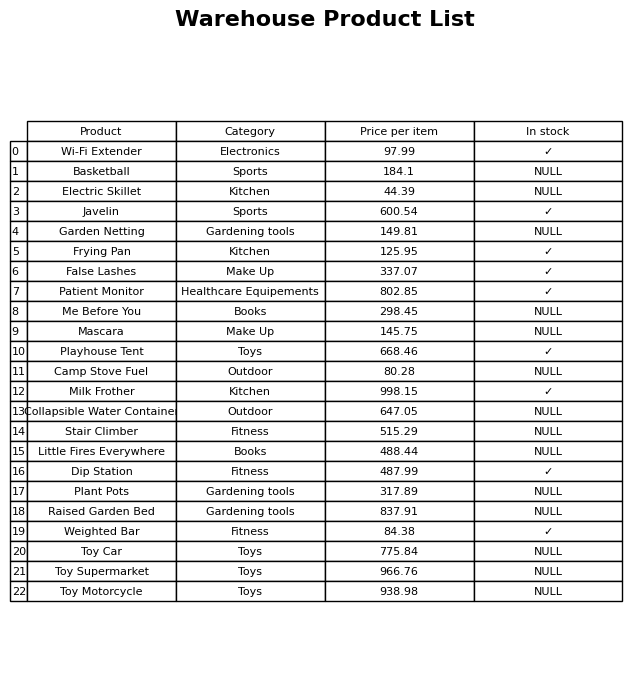
question: What is the stock status of the Mascara?
answer: NULL